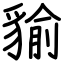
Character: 貐